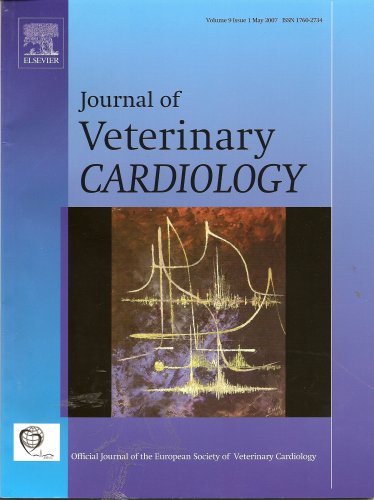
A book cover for Journal of Veterinary Cardiology (Vol. 9 Issue 1); Medical Books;